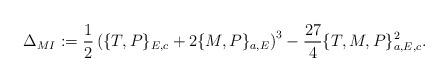
LaTeX: \begin{align*}\Delta_{MI}:=\frac{1}{2}\left(\{T,P\}_{E,c}+2\{M,P\}_{a,E}\right)^3-\frac{27}{4}\{T,M,P\}_{a,E,c}^2.\end{align*}